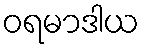
ဝရမာဒါယ